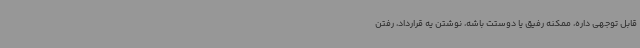
قابل توجهی داره، ممکنه رفیق یا دوستت باشه، نوشتن یه قرارداد، رفتن